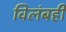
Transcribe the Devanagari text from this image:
विलंबही